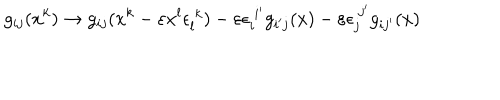
g _ { i j } ( x ^ { k } ) \rightarrow g _ { i j } ( x ^ { k } - \varepsilon x ^ { l } \epsilon _ { l } ^ { ~ k } ) - \varepsilon \epsilon _ { i } ^ { ~ i ^ { \prime } } g _ { i ^ { \prime } j } ( x ) - \varepsilon \epsilon _ { j } ^ { ~ j ^ { \prime } } g _ { i j ^ { \prime } } ( x )